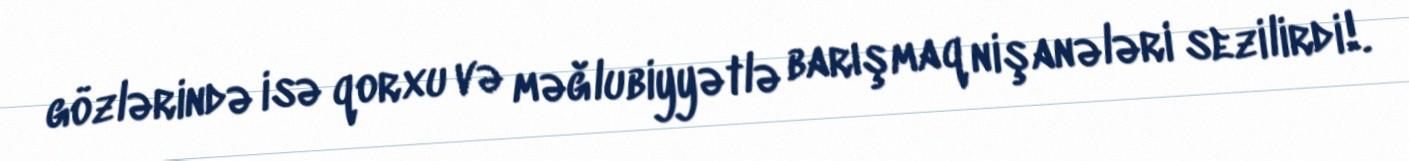
gözlərində isə qorxu və məğlubiyyətlə barışmaq nişanələri sezilirdi!.